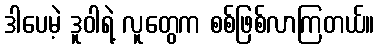
ဒါပေမဲ့ ဒူဝါရဲ့ လူတွေက စစ်ဖြစ်လာကြတယ်။